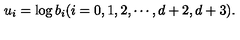
u _ { i } = \log b _ { i } ( i = 0 , 1 , 2 , \cdots , { d + 2 } , { d + 3 } ) .